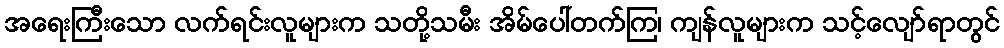
အရေးကြီးသော လက်ရင်းလူများက သတို့သမီး အိမ်ပေါ်တက်ကြ၊ ကျန်လူများက သင့်လျော်ရာတွင်